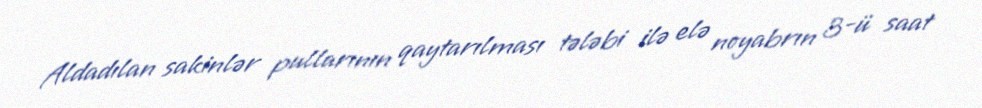
Aldadılan sakinlər pullarının qaytarılması tələbi ilə elə noyabrın 3-ü saat